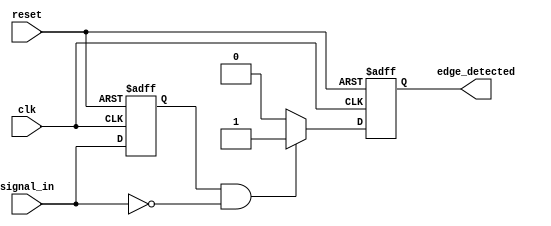
module negative_edge_detector (
    input wire clk,             // Clock signal
    input wire reset,           // Reset signal
    input wire signal_in,       // Input signal
    output reg edge_detected    // Output signal
);

// Internal register to hold the previous state of the input signal
reg signal_prev;

// Always block for edge detection logic
always @(posedge clk or posedge reset) begin
    if (reset) begin
        // On reset, initialize the stored signal and output
        signal_prev <= 1'b0;
        edge_detected <= 1'b0;
    end else begin
        // Capture the current state of the input signal
        signal_prev <= signal_in;
        
        // Detect negative edge (transition from high to low)
        if (signal_prev == 1'b1 && signal_in == 1'b0) begin
            edge_detected <= 1'b1; // Set edge detected high
        end else begin
            edge_detected <= 1'b0; // Reset edge detected otherwise
        end
    end
end

endmodule